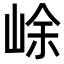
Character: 𡷣